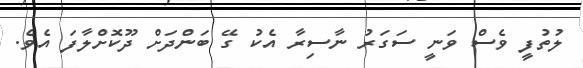
ލުތުފީ ވެސް ވަނީ ސަގަރު ނާސިރާ އެކު ގޭ ބަންދަށް ދޫކޮށްލާފަ އެވެ.